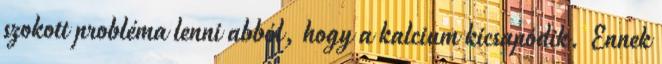
szokott probléma lenni abból, hogy a kalcium kicsapódik. Ennek